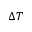
\Delta T